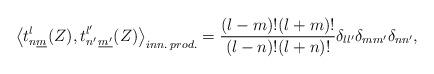
LaTeX: \begin{align*} \bigl\langle t^l_{n\underline{m}}(Z), t^{l'}_{n'\,\underline{m'}}(Z)\bigr\rangle_{inn.\: prod.}= \frac{(l-m)!(l+m)!}{(l-n)!(l+n)!} \delta_{ll'} \delta_{mm'} \delta_{nn'},\end{align*}